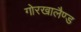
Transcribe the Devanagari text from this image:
गोरखालैण्ड